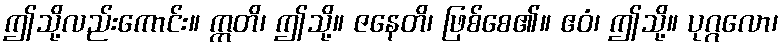
ဤသို့လည်းကောင်း။ ဣတိ၊ ဤသို့။ ဇနေတိ၊ ဖြစ်စေ၏။ ဧဝံ၊ ဤသို့။ ပုဂ္ဂလော၊